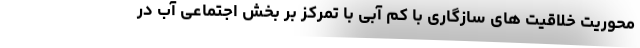
محوریت خلاقیت های سازگاری با کم آبی با تمرکز بر بخش اجتماعی آب در